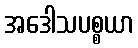
အဒေါသပစ္စယာ